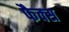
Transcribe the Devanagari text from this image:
फैक्‍स